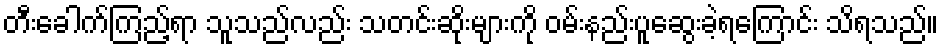
တီးခေါက်ကြည့်ရာ သူသည်လည်း သတင်းဆိုးများကို ဝမ်းနည်းပူဆွေးခဲ့ရကြောင်း သိရသည်။